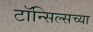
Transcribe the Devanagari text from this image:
टॉन्सिल्सच्या